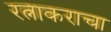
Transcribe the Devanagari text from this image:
रत्नाकराचा